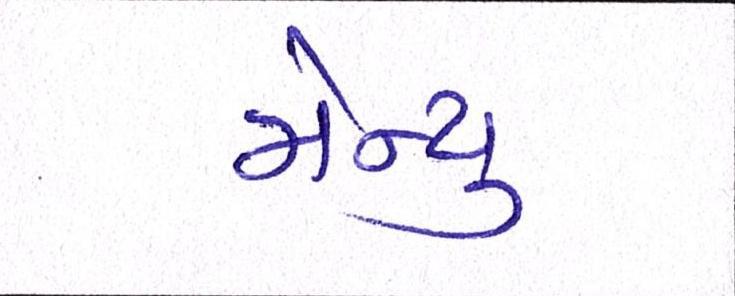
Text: મેન્યુ